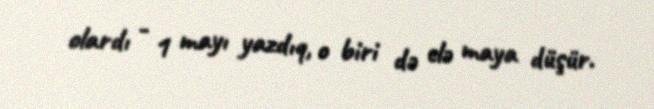
olardı - 1 mayı yazdıq, o biri də elə maya düşür.